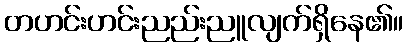
တဟင်းဟင်းညည်းညူလျက်ရှိနေ၏။